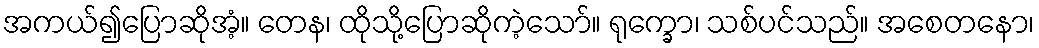
အကယ်၍ပြောဆိုအံ့။ တေန၊ ထိုသို့ပြောဆိုကဲ့သော်။ ရုက္ခော၊ သစ်ပင်သည်။ အစေတနော၊